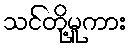
သင်တို့မူကား